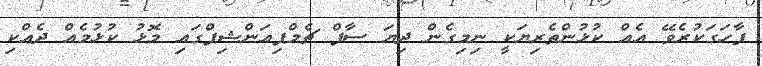
ފާހަގަކުރެވޭ އެއް ކުޅުންތެރިޔަކީ ނިމިގެން ދިޔަ ސާފް ޗެމްޕިއަންޝިޕްގައި މޮޅު ކުޅުމެއް ދެއްކި